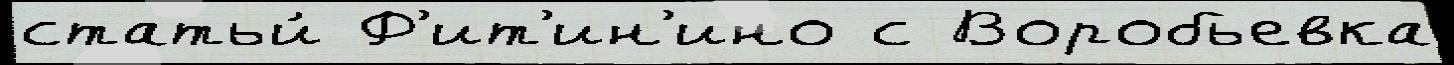
статьи́ Ф'ит'ин'ино с Воробьевка